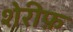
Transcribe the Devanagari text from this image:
शेरीफ़